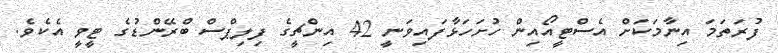
ފުރަތަމަ އިނާމަކަށް އެސްޓީއޯއިން ހުށަހަޅާފައިވަނީ 42 އިންޗީގެ ފިލިޕްސް ބްރޭންޑުގެ ޓީވީ އެކެވެ.